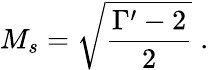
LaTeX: M_{s}=\sqrt{\frac{\Gamma^{\prime}-2}{2}}\; .